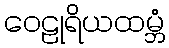
ဝေဠုရိယထမ္ဘံ